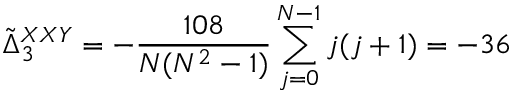
\tilde { \Delta } _ { 3 } ^ { X X Y } = - { \frac { 1 0 8 } { N ( N ^ { 2 } - 1 ) } } \sum _ { j = 0 } ^ { N - 1 } j ( j + 1 ) = - 3 6